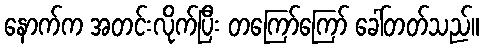
နောက်က အတင်းလိုက်ပြီး တကြော်ကြော် ခေါ်တတ်သည်။